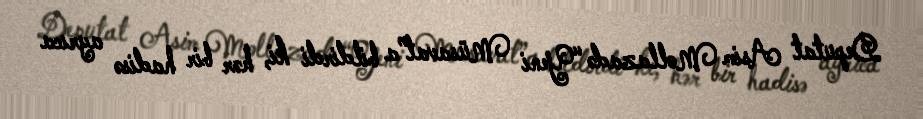
Deputat Asim Mollazadə “Yeni Müsavat”a bildirdi ki, hər bir hadisə ayrıca